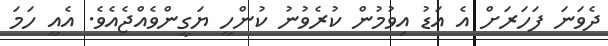
ދެވަނަ ފަހަރަށް އެ އަޑު އިވުމުން ކުރެވުނު ކުންހީ ޔަގީންވެއްޖެެއެވެެ. އެއީ ހަމަ